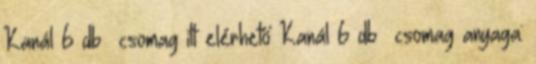
Kanál 6 db csomag itt elérhető Kanál 6 db csomag anyaga: